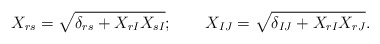
\begin{align*}X_{rs}=\sqrt{\delta_{rs}+X_{rI}X_{sI}};\qquad X_{IJ}=\sqrt{\delta_{IJ}+X_{rI}X_{rJ}}.\end{align*}